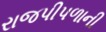
રાજપીપળાની